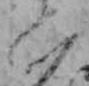
い